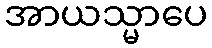
အာယသ္မာပေ